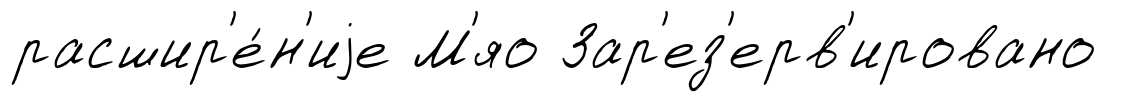
расшир'е́н'иjе М'яо Зар'ез'ерв'ировано